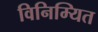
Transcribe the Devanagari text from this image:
विनिम्यित